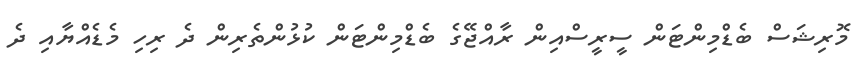
މޮރިޝަސް ބެޑްމިންޓަން ސީރީސްއިން ރާއްޖޭގެ ބެޑްމިންޓަން ކުޅުންތެރިން ދެ ރިހި މެޑެއްޔާއި ދެ